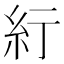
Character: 𬗃